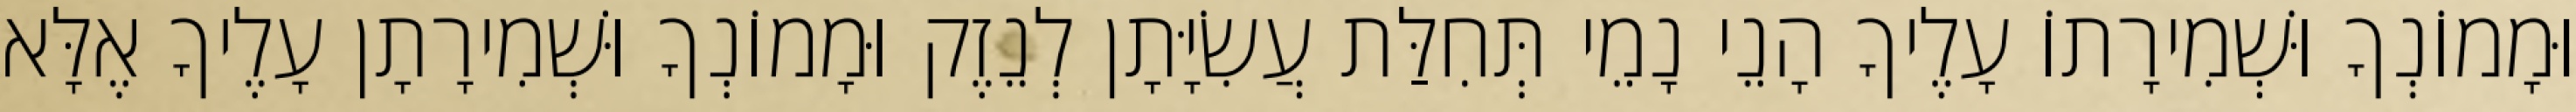
וּמָמוֹנְךָ וּשְׁמִירָתוֹ עָלֶיךָ הָנֵי נָמֵי תְּחִלַּת עֲשִׂיָּתָן לְנֵזֶק וּמָמוֹנְךָ וּשְׁמִירָתָן עָלֶיךָ אֶלָּא